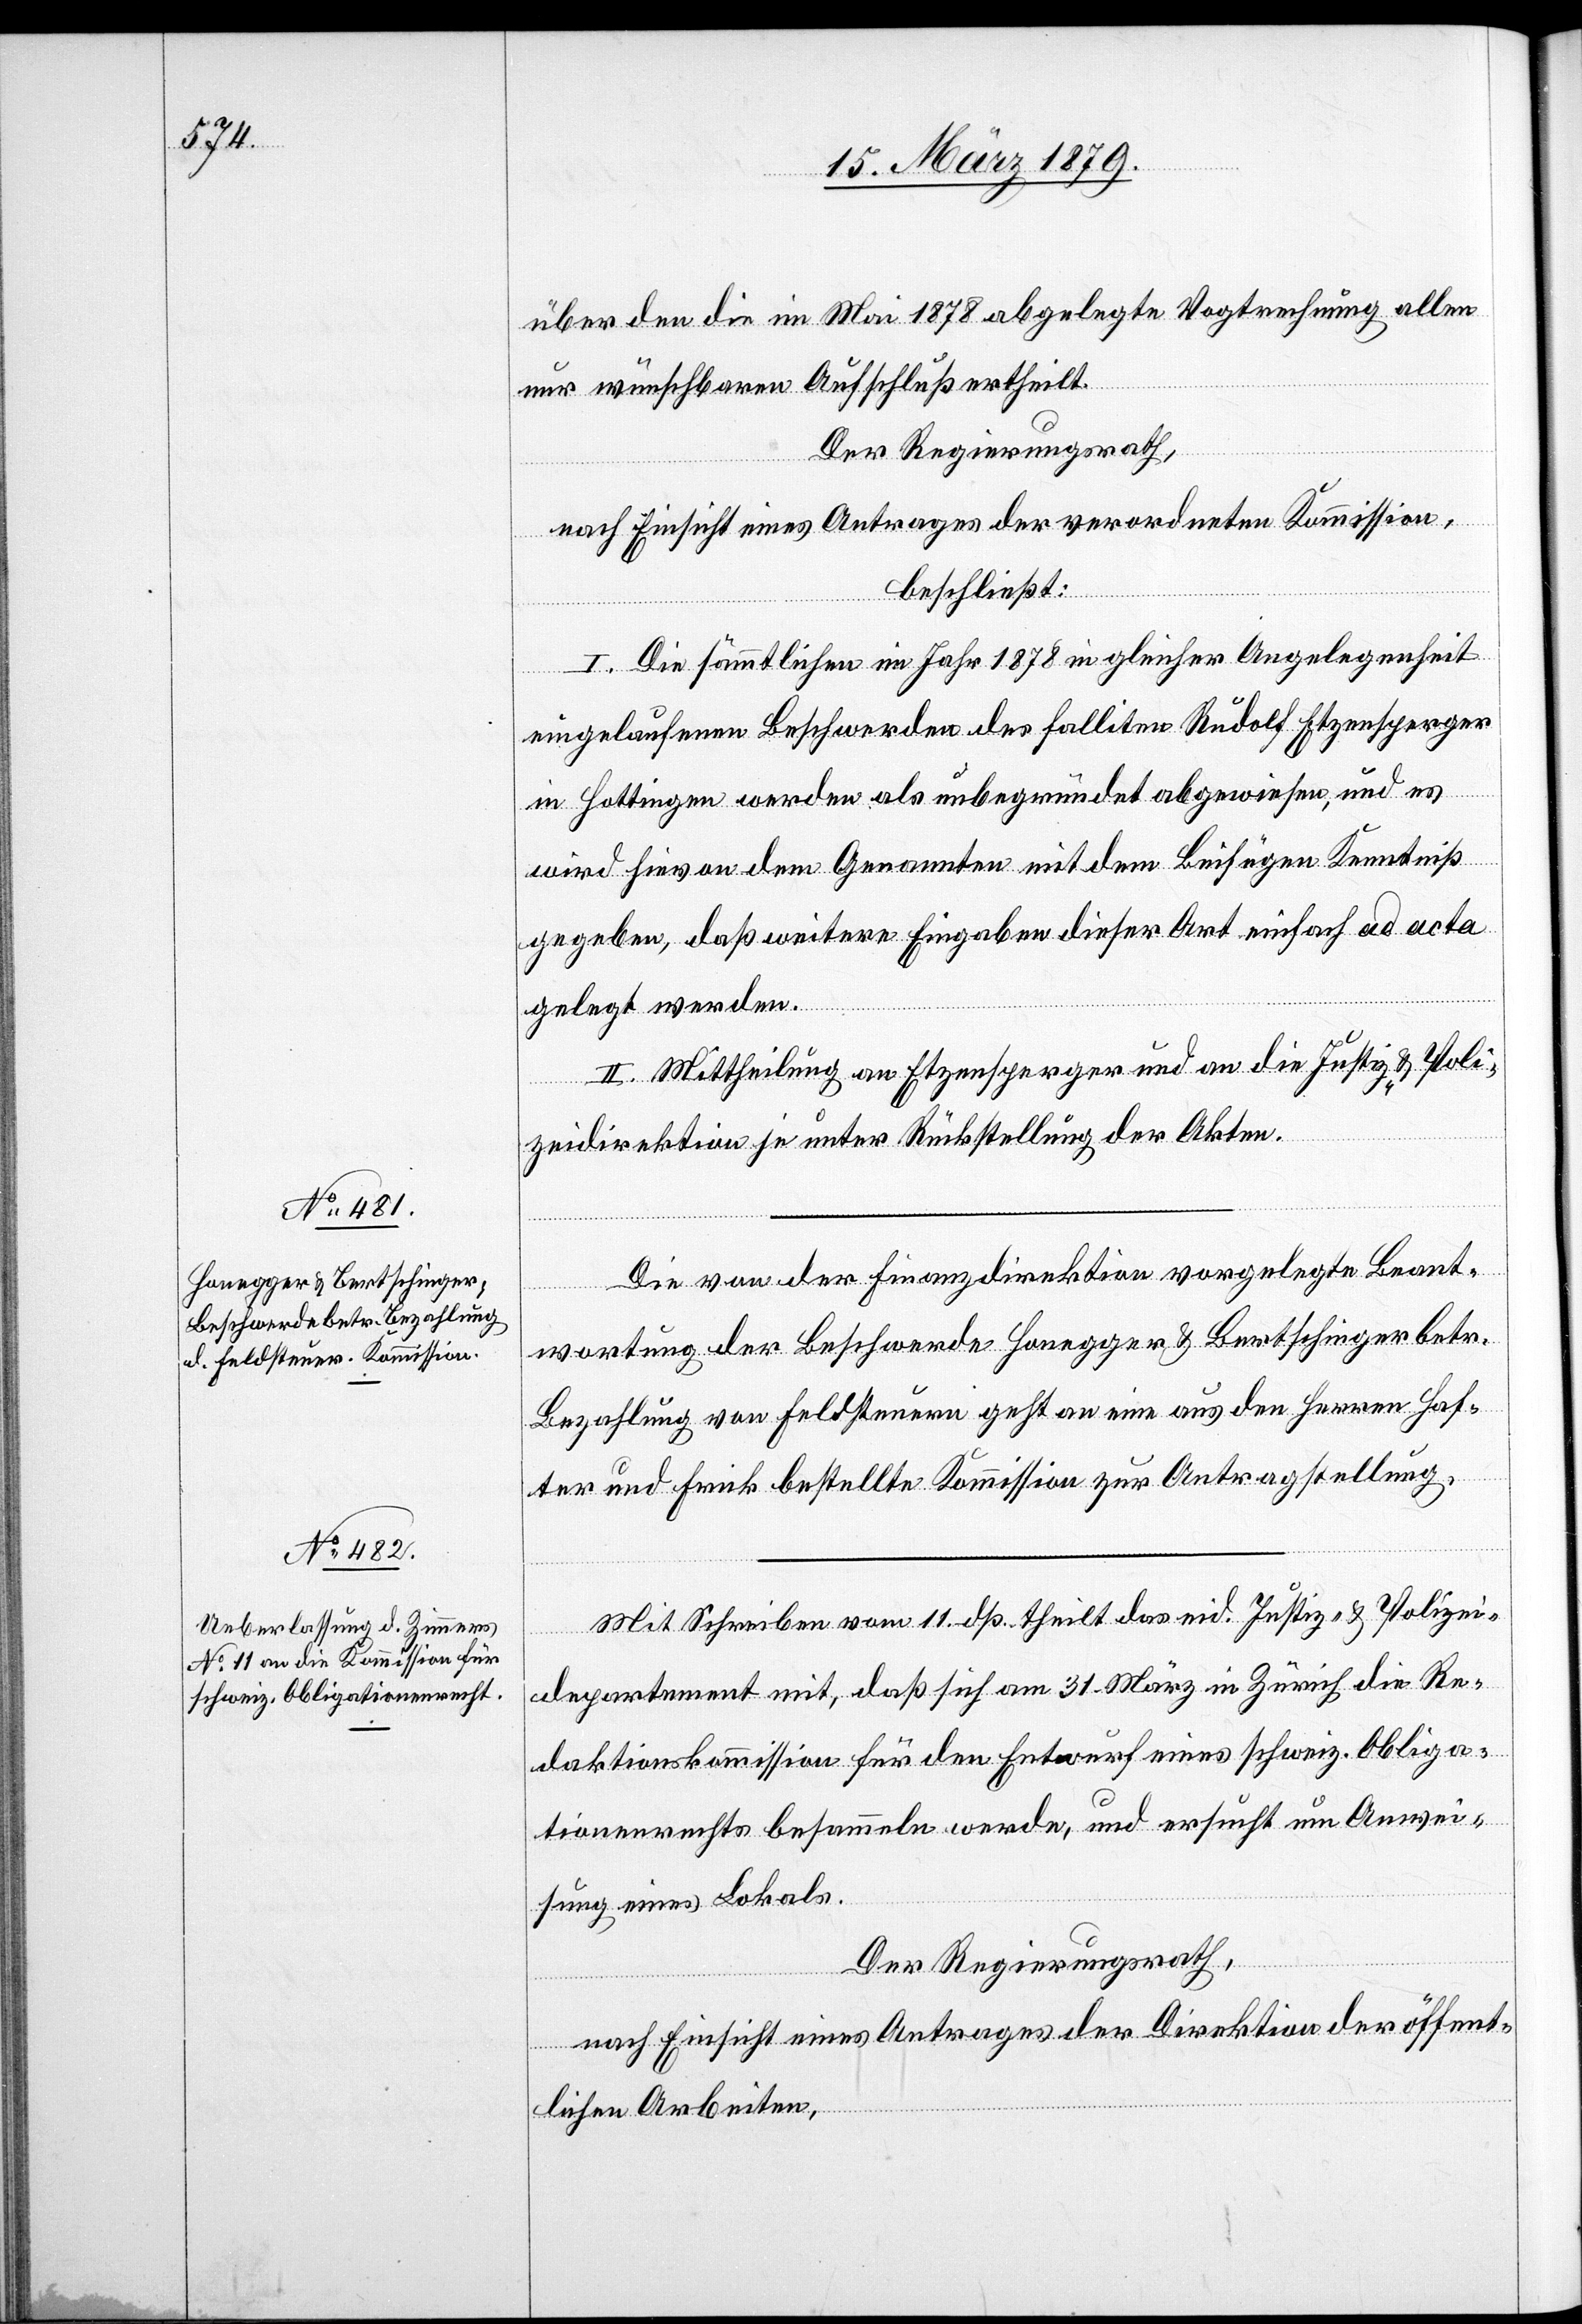
über den die im Mai 1878 abgelegte Vogtrechnung allen
nur wünschbaren Aufschluß ertheilt.
Der Regierungsrath,
nach Einsicht eines Antrages der verordneten Kommission,
beschließt:
I. Die sämmtlichen im Jahr 1878 in gleicher Angelegenheit
eingelaufenen Beschwerden des falliten Rudolf Etzensperger
in Hottingen werden als unbegründet abgewiesen, und es
wird hievon dem Genannten mit dem Beifügen Kenntniß
gegeben, daß weitere Eingaben dieser Art einfach ad acta
gelegt werden.
II. Mittheilung an Etzensperger und an die Justiz- & Poli¬
zeidirektion je unter Rückstellung der Akten.
Die von der Finanzdirektion vorgelegte Beant¬
wortung der Beschwerde Honegger & Bertschinger betr.
Bezahlung von Feldsteuern geht an eine aus den Herren Haf¬
ter und Frick bestellte Kommission zur Antragstellung.
Mit Schreiben vom 11. dß. theilt das eid. Justiz- & Polizei¬
departement mit, daß sich am 31. März in Zürich die Re¬
daktionskommission für den Entwurf eines schweiz. Obliga¬
tionenrechts besammeln werde, und ersucht um Anwei¬
sung eines Lokals.
Der Regierungsrath,
nach Einsicht eines Antrages der Direktion der öffent¬
lichen Arbeiten,